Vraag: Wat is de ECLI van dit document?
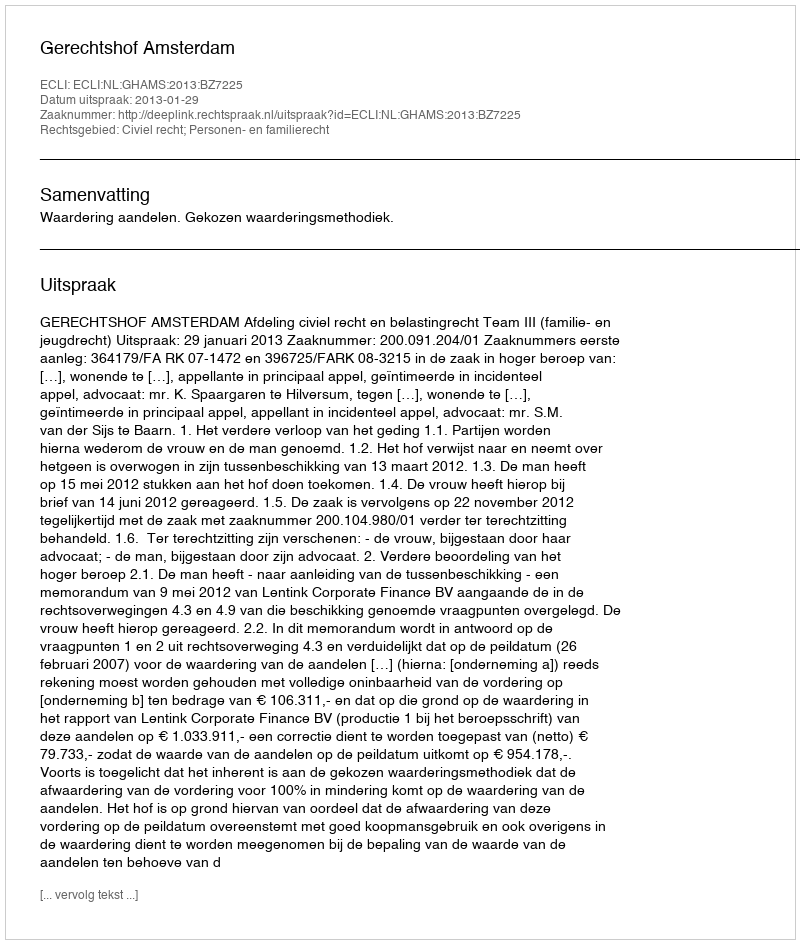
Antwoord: ECLI:NL:GHAMS:2013:BZ7225